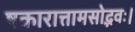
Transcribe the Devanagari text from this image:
षकारात्तामसोद्भवः।